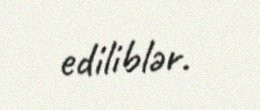
ediliblər.